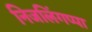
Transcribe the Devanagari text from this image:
निजलिंगप्पा